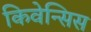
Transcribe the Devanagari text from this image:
किवेन्सिस